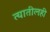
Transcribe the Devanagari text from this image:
त्यातीलही